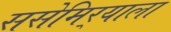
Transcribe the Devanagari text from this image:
ससेमिर्‍याला